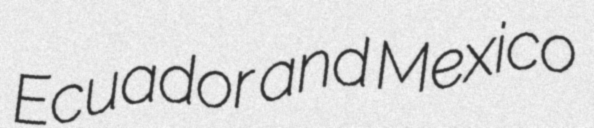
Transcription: Ecuador and Mexico